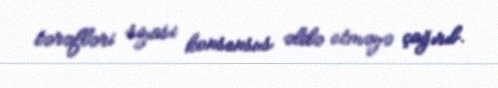
tərəfləri siyasi konsensus əldə etməyə çağırıb.